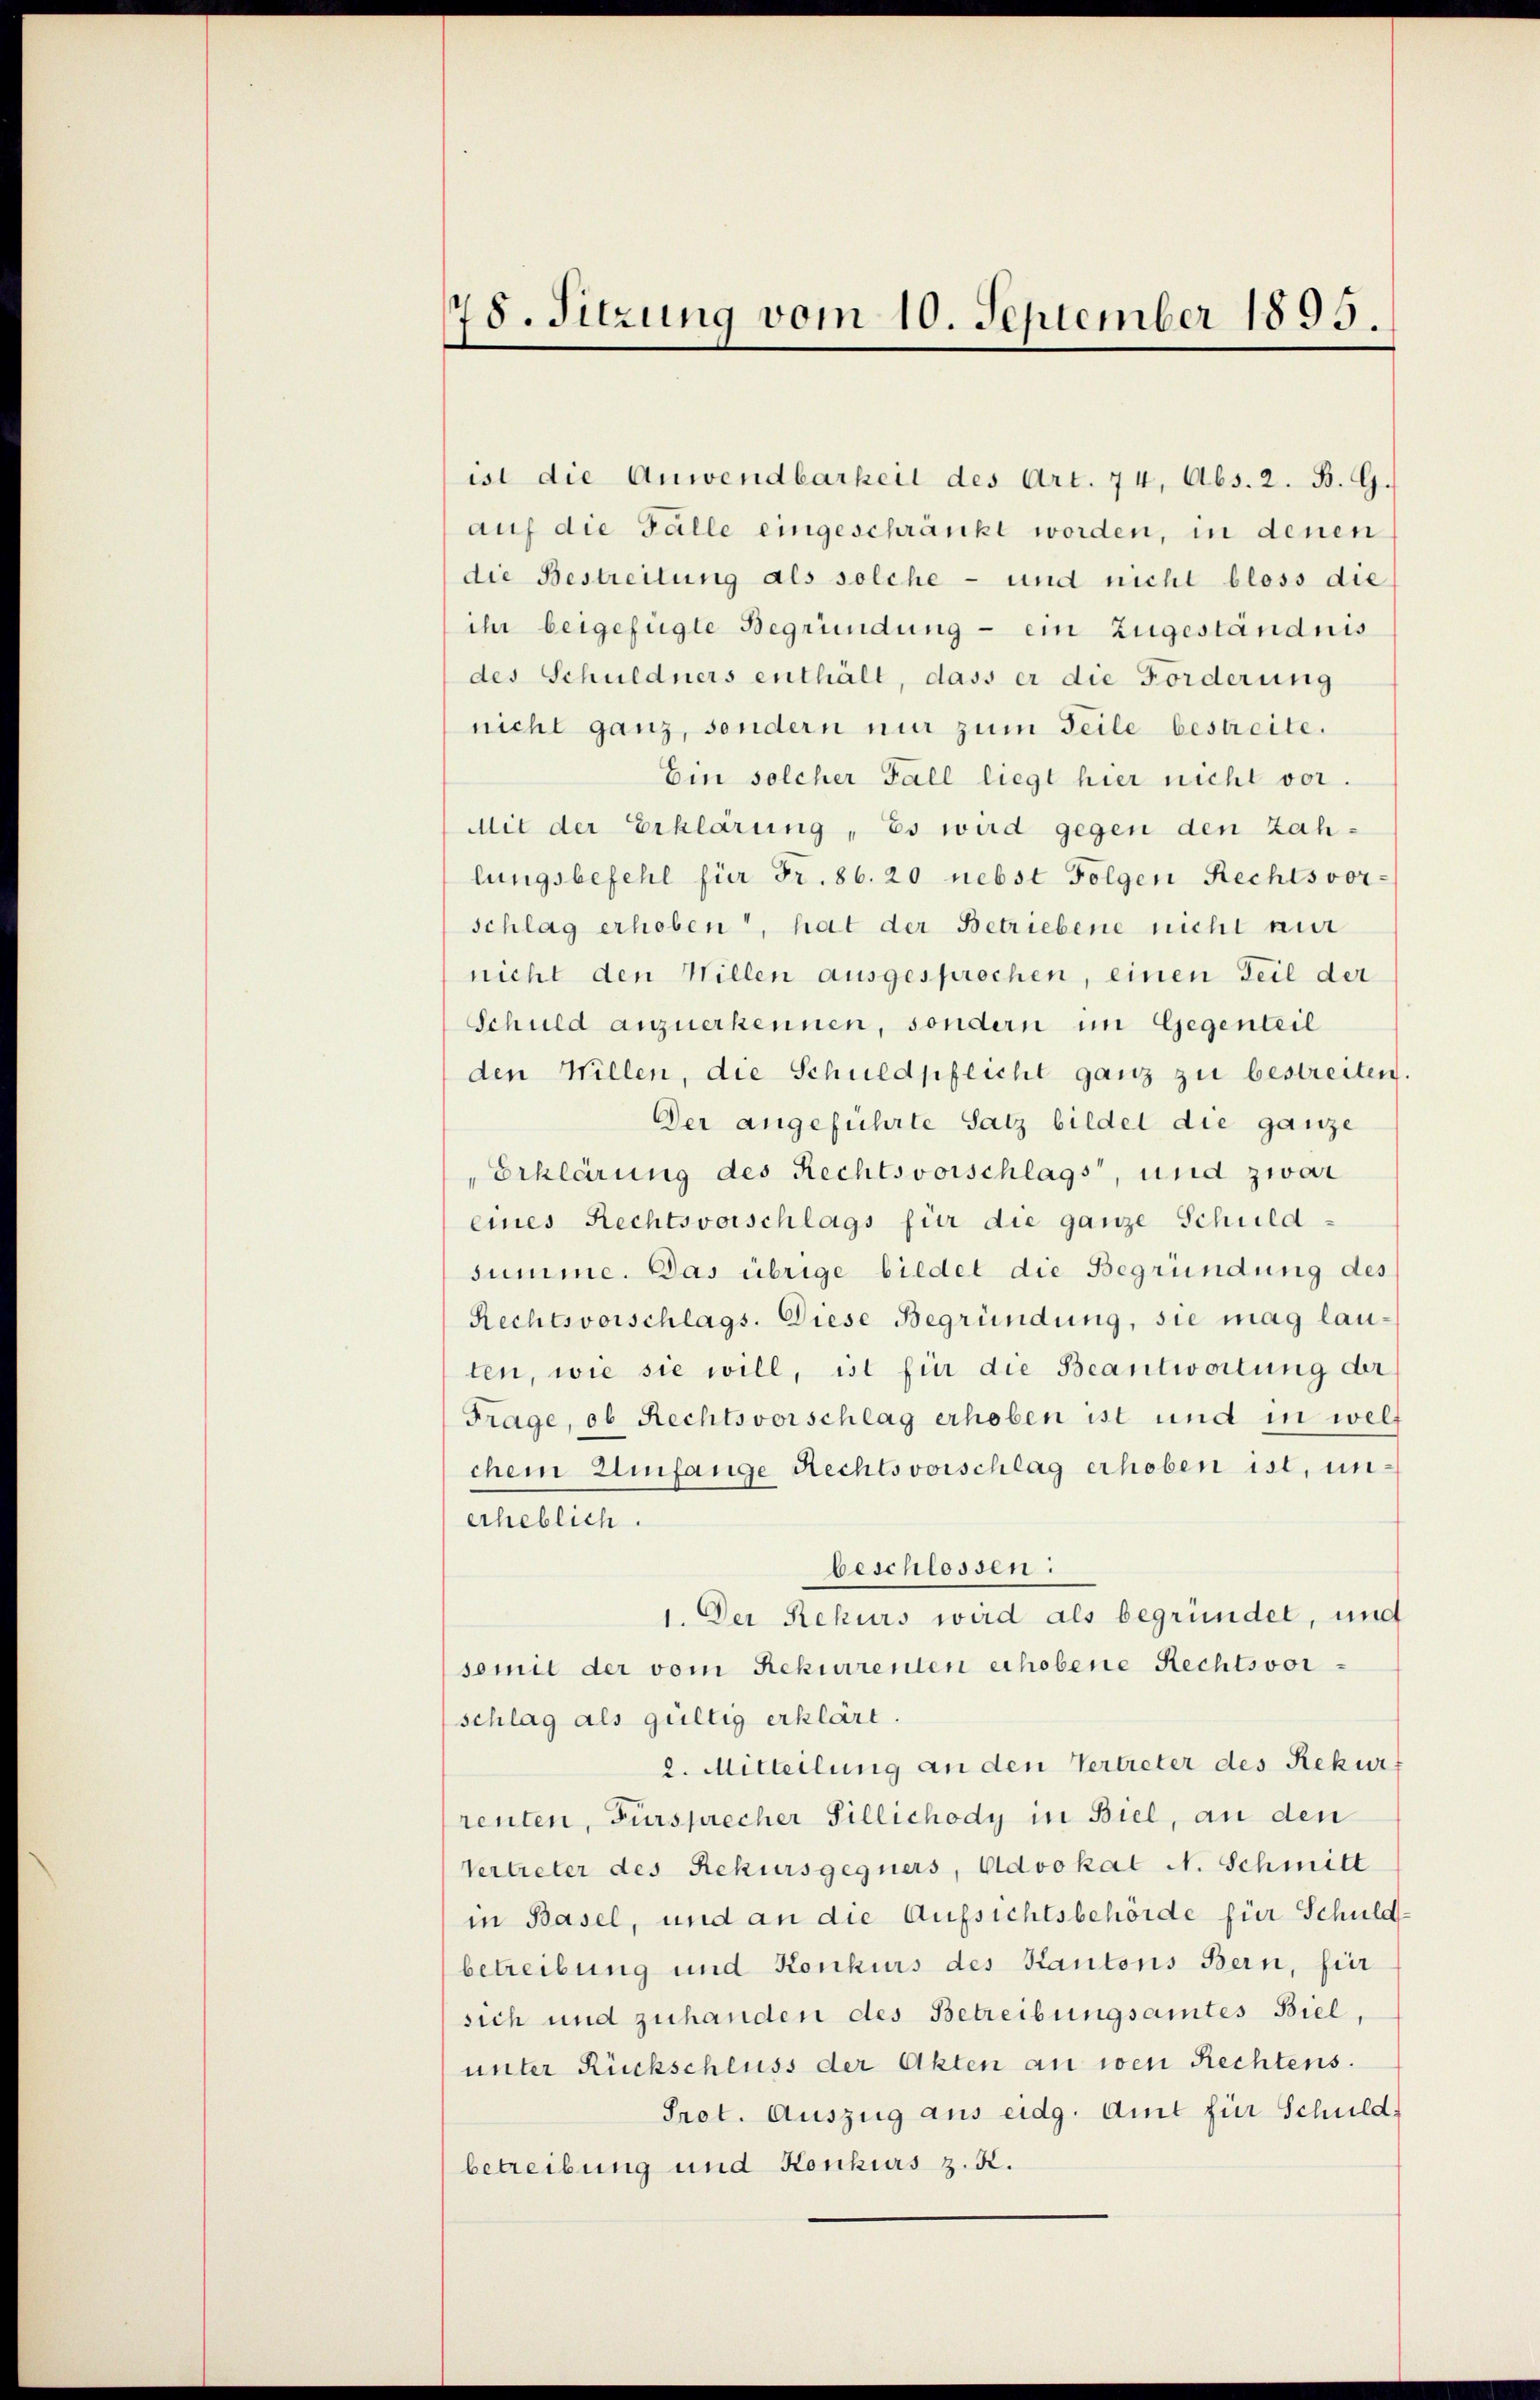
78. Sitzung vom 10. September 1895.

ist die Anwendbarkeit des Art. 74, Abs. 2. B. G.
auf die Fälle eingeschränkt worden, in denen
die Bestreitung als solche - und nicht bloss die
ihr beigefügte Begründung - ein Zugeständnis
des Schuldners enthält, dass er die Forderung
nicht ganz, sondern nur zum Teile bestreite.
Ein solcher Fall liegt hier nicht vor.
Mit der Erklärung, Es wird gegen den zahlungsbefehl für Fr. 86. 20 nebst Folgen Rechtsvor-
schlag erhoben, hat der Betriebene nicht nur
nicht den Willen ausgesprochen, einen Teil der
Schuld anzuerkennen, sondern im Gegenteil
den Willen, die Schuldpflicht ganz zu bestreiten.
Der angeführte Satz bildet die ganze
Erklärung des Rechtsvorschlags, und zwar
eines Rechtsvorschlags für die ganze Schuld-
summe. Das übrige biedet die Begründung des
Rechtsvorschlags. Diese Begründung, sie mag lau-
ten, wie sie will, ist für die Beantwortung der
Frage, ob Rechtsvorschlag erhoben ist und in welt
chem Umfange Rechtsvorschlag erhoben ist, unerheblich.
beschlossen:
1. Der Rekurs wird als begründet, und
somit der vom Rekurrenten erhobene Rechtsvorschlag als gültig erklärt.
2. Mitteilung an den Vertreter des Rekurs
renten, Fürsprecher Sillichody in Biel, an den
Vertreter des Rekursgegners, Advokat N. Schmitt
in Basel, und an die Aufsichtsbehörde für Schuldbetreibung und Konkurs des Kantons Bern, für
sich und zuhanden des Betreibungsamtes Biel,
unter Rückschluss der Akten an wen Rechtens.
Pret. Auszug aus eidg. Amt für Schuld,
betreibung und Konkurs z. R.